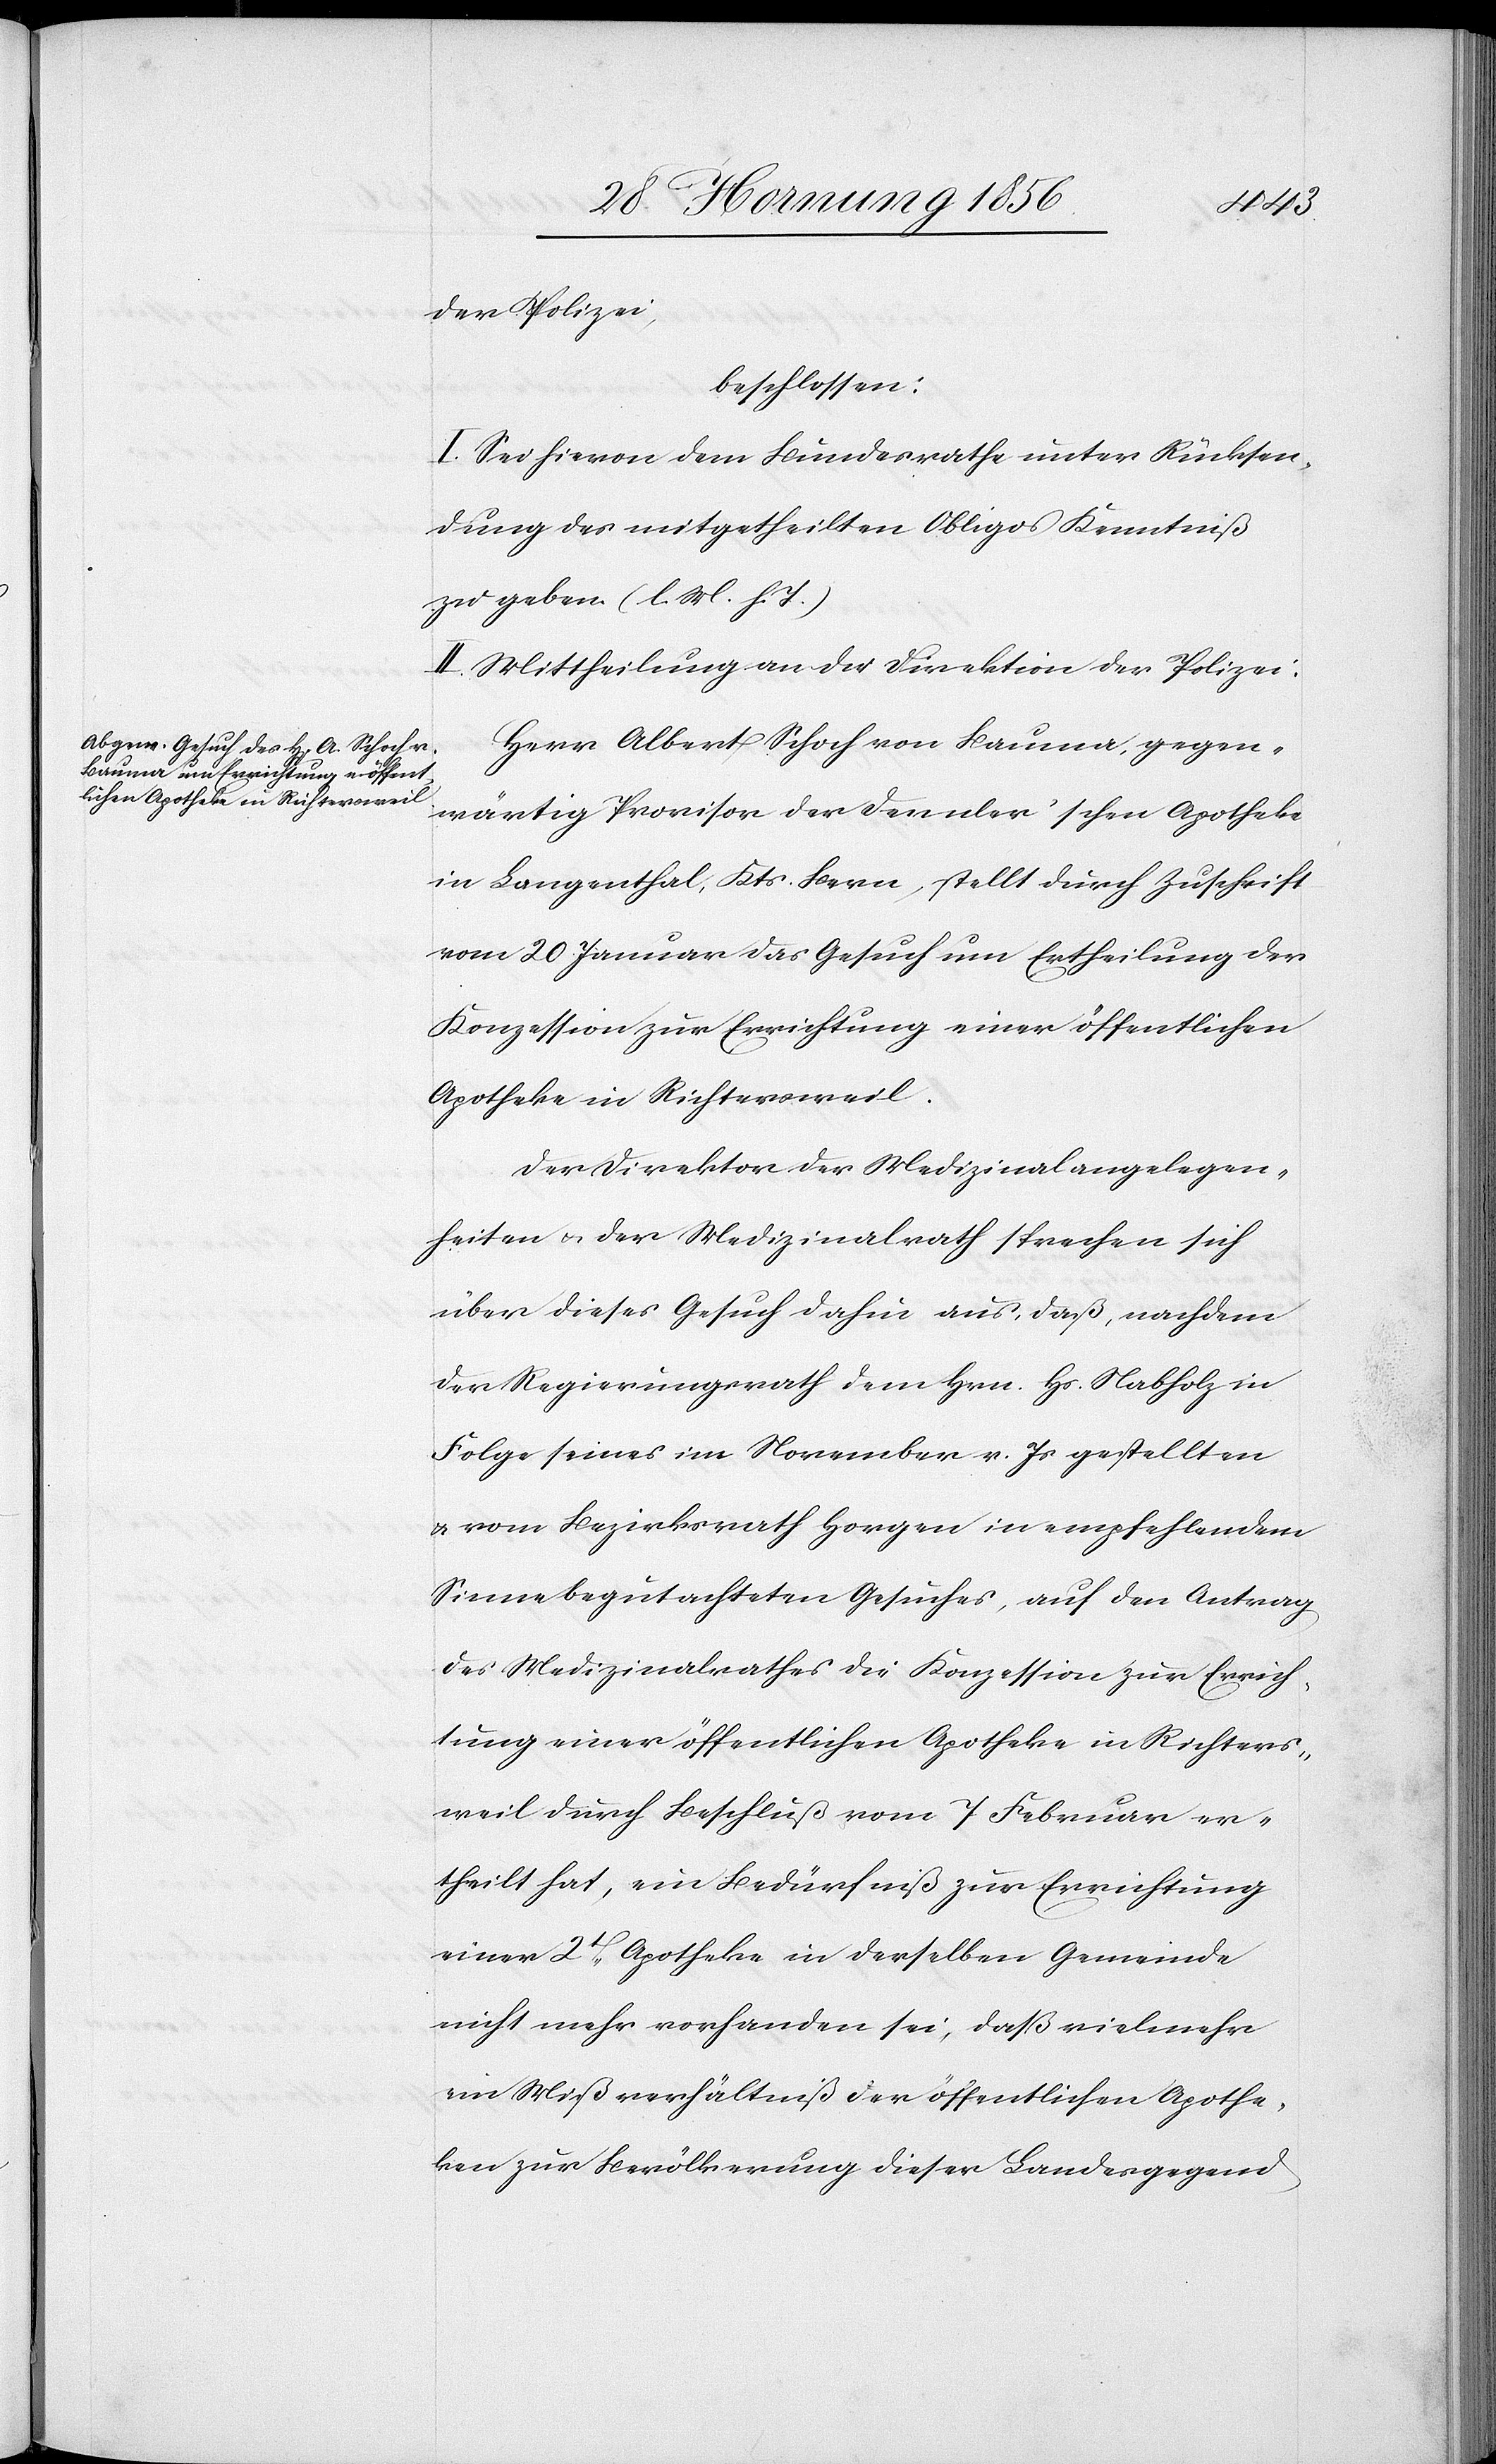
der Polizei,
beschlossen:
I. Sei hievon dem Bundesrathe unter Rücksen¬
dung des mitgetheilten Obligos Kenntniß
zu geben. (l. M. h. T.)
II. Mittheilung an die Direktion der Polizei.
Herr Albert Schoch von Bauma, gegen¬
wärtig Provisor der Dennler’schen Apotheke
in Langenthal, Kts. Bern, stellt durch Zuschrift
vom 20 Januar das Gesuch um Ertheilung der
Konzession zur Errichtung einer öffentlichen
Apotheke in Richtersweil.
Der Direktor der Medizinalangelegen¬
heiten u. der Medizinalrath sprechen sich
über dieses Gesuch dahin aus, daß, nachdem
der Regierungsrath dem Hrn. Hs. Nabholz in
Folge seines im November v. Js gestellten
u. vom Bezirksrath Horgen in empfehlendem
Sinne begutachteten Gesuches, auf den Antrag
des Medizinalrathes die Konzession zur Errich¬
tung einer öffentlichen Apotheke in Richters¬
weil durch Beschluß vom 7 Februar er¬
theilt hat, ein Bedürfniß zur Errichtung
einer 2t Apotheke in derselben Gemeinde
nicht mehr vorhanden sei, daß vielmehr
ein Mißverhältniß der öffentlichen Apothe¬
ken zur Bevölkerung dieser Landesgegend